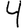
Digit: 4